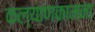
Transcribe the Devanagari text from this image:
कल्याणकामना